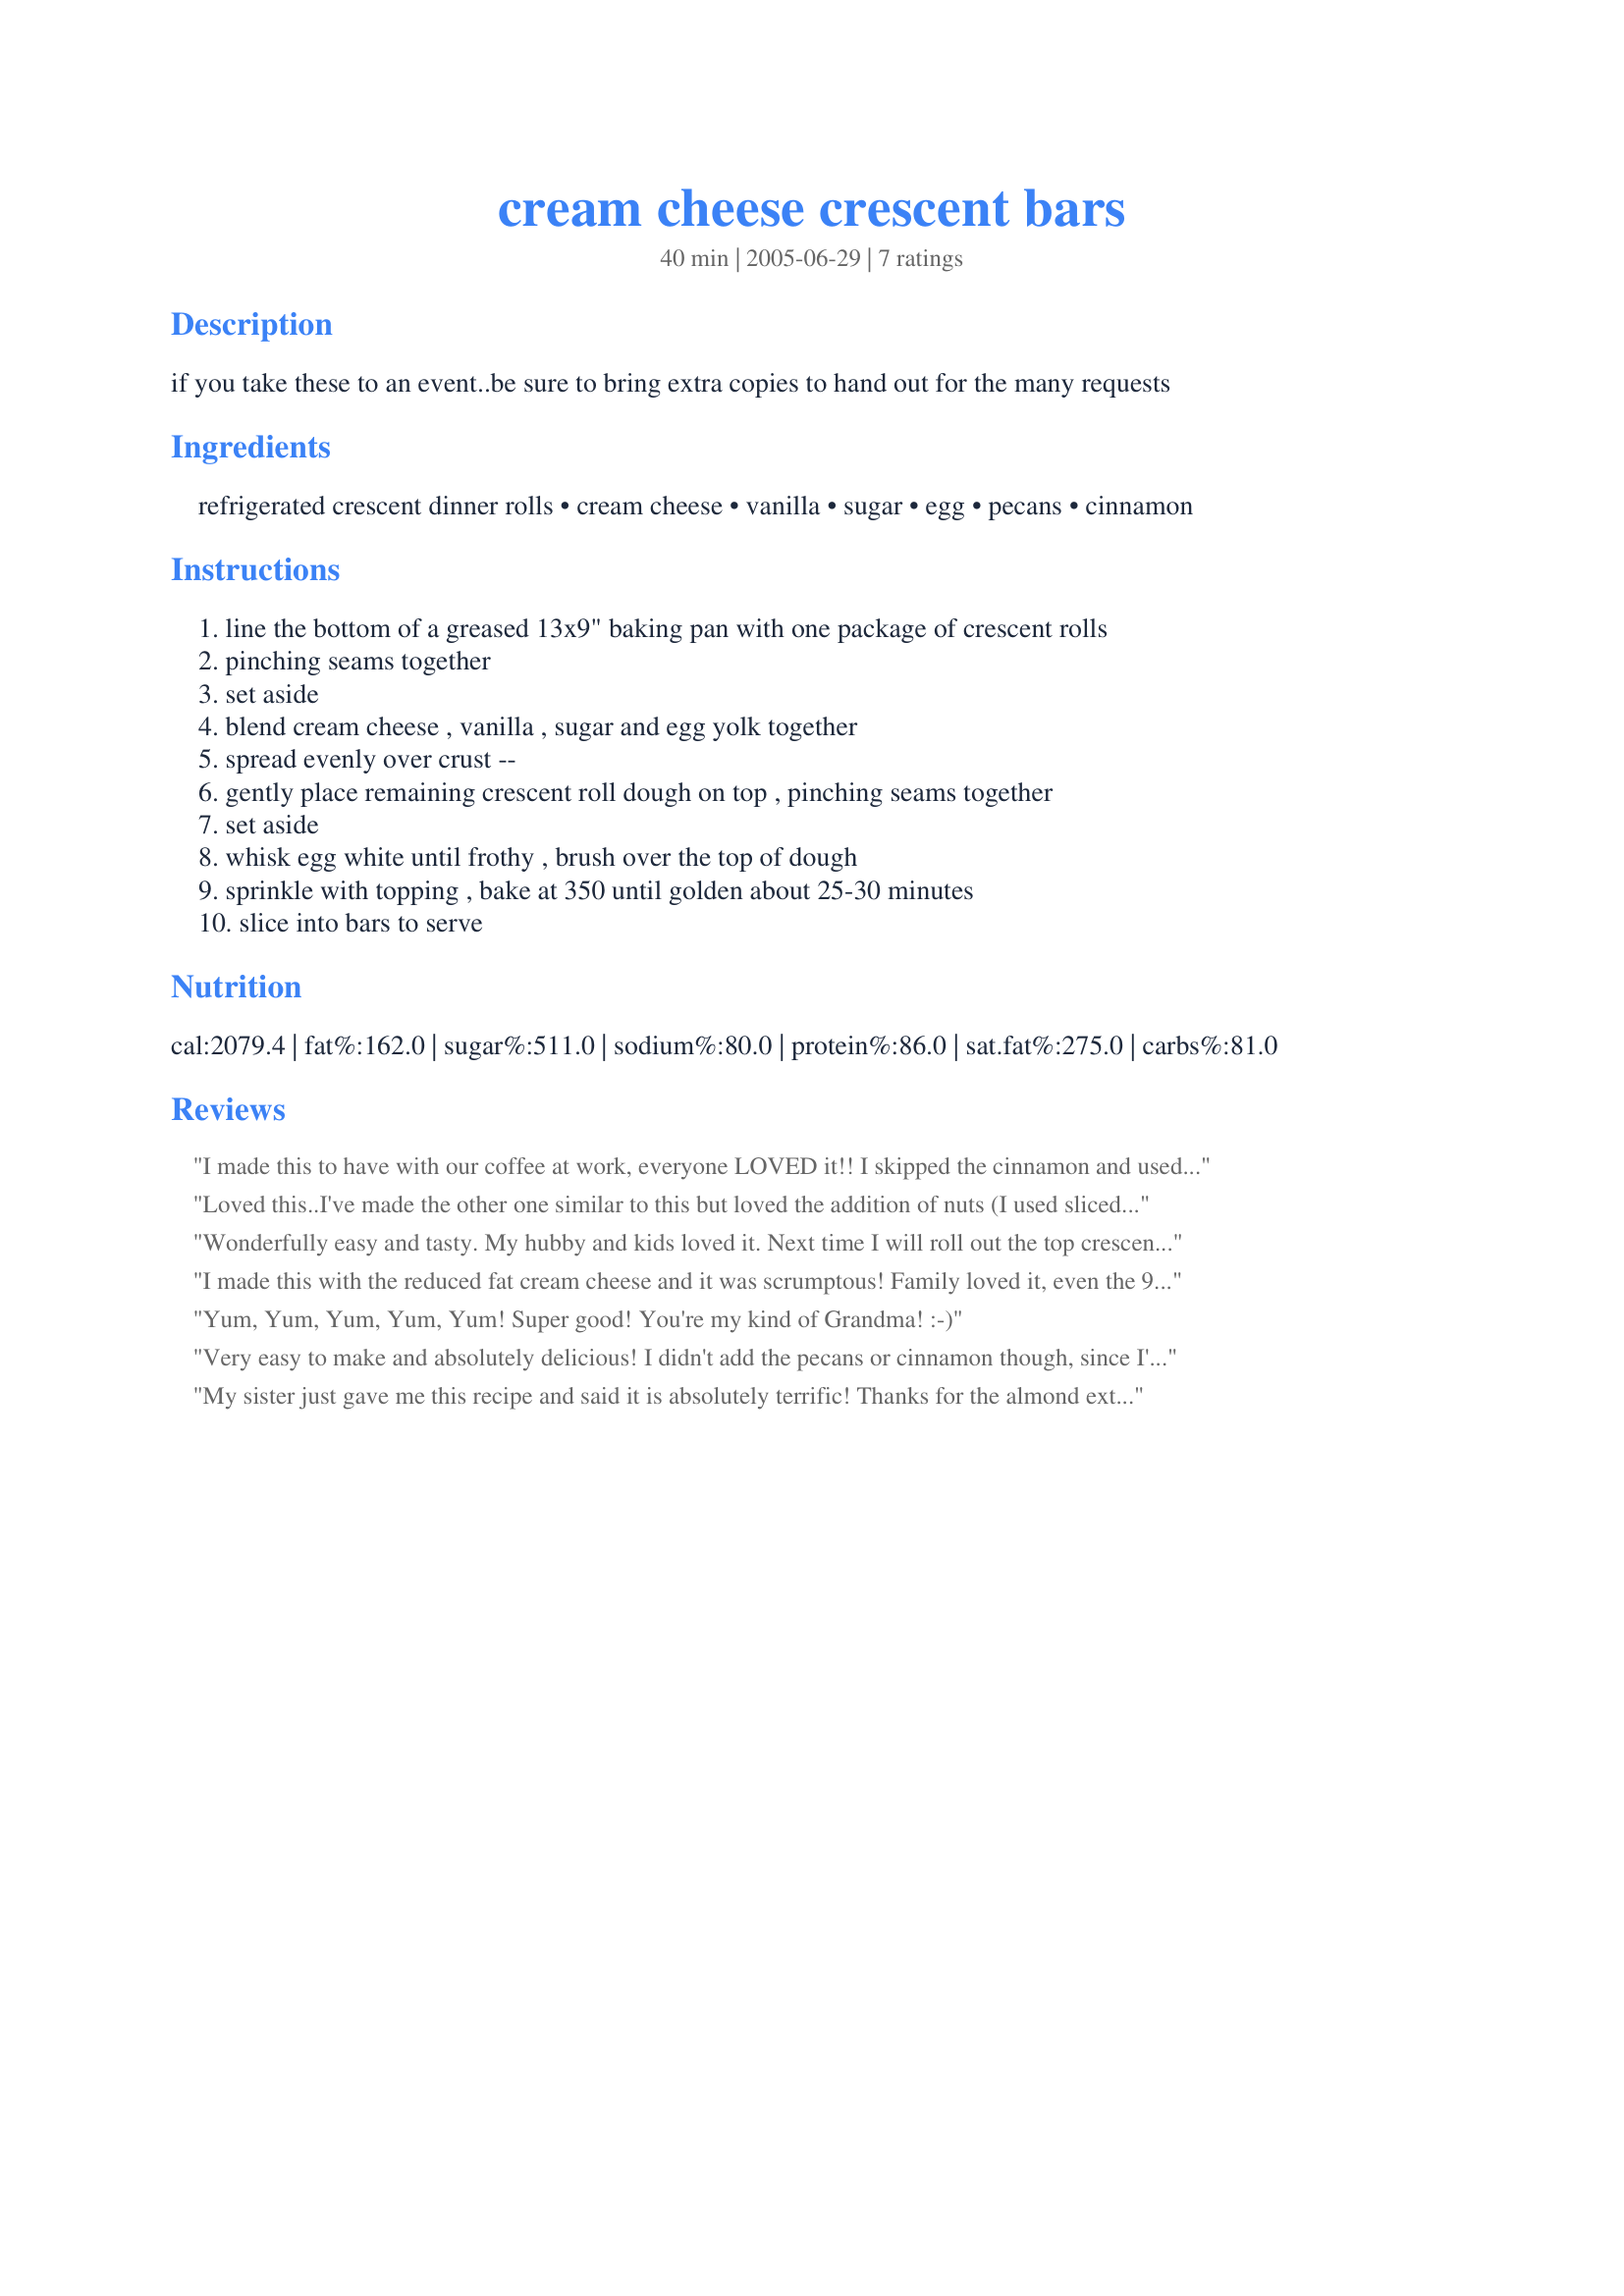
cream cheese crescent bars
Preparation time: 40 minutes

if you take these to an event..be sure to bring extra copies to hand out for the many requests

Ingredients:
refrigerated crescent dinner rolls, cream cheese, vanilla, sugar, egg, pecans, cinnamon

Steps:
line the bottom of a greased 13x9" baking pan with one package of crescent rolls, pinching seams together, set aside, blend cream cheese , vanilla , sugar and egg yolk together, spread evenly over crust --, gently place remaining crescent roll dough on top , pinching seams together, set aside, whisk egg white until frothy , brush over the top of dough, sprinkle with topping , bake at 350 until golden about 25-30 minutes, slice into bars to serve

Reviews:
I made this to have with our coffee at work, everyone LOVED it!! I skipped the cinnamon and used almonds on the top!
I also used 1/2 tsp vanilla and 1/2 tsp almond extract!!
Thank you!
Loved this..I've made the other one similar to this but loved the addition of nuts (I used sliced almonds). I also liked that there was no added butter. The only thing I did differently was to spread some all fruit spread on the bottom layer of crescent rolls. Great recipe!
Wonderfully easy and tasty. My hubby and kids loved it. Next time I will roll out the top crescent dough on my counter to make sure it is large enough to cover the cheese layer. Loved it!!!
I made this with the reduced fat cream cheese and it was scrumptous! Family loved it, even the 9 nieces and nephews that were here for breakfast :-). Sure to make again, thanks for sharing!
Yum, Yum, Yum, Yum, Yum! Super good! You're my kind of Grandma! :-)
Very easy to make and absolutely delicious! I didn't add the pecans or cinnamon though, since I'm not a fan of pecans, but it was great without them!
My sister just gave me this recipe and said it is absolutely terrific! Thanks for the almond extract idea; I may try that too! :)
